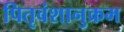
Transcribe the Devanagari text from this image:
पितृवंशानुक्रम